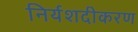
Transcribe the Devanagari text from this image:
निर्यशदीकरण